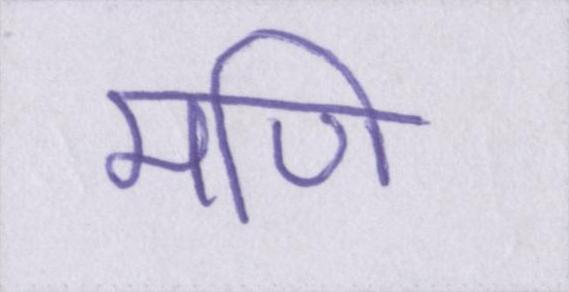
मणि